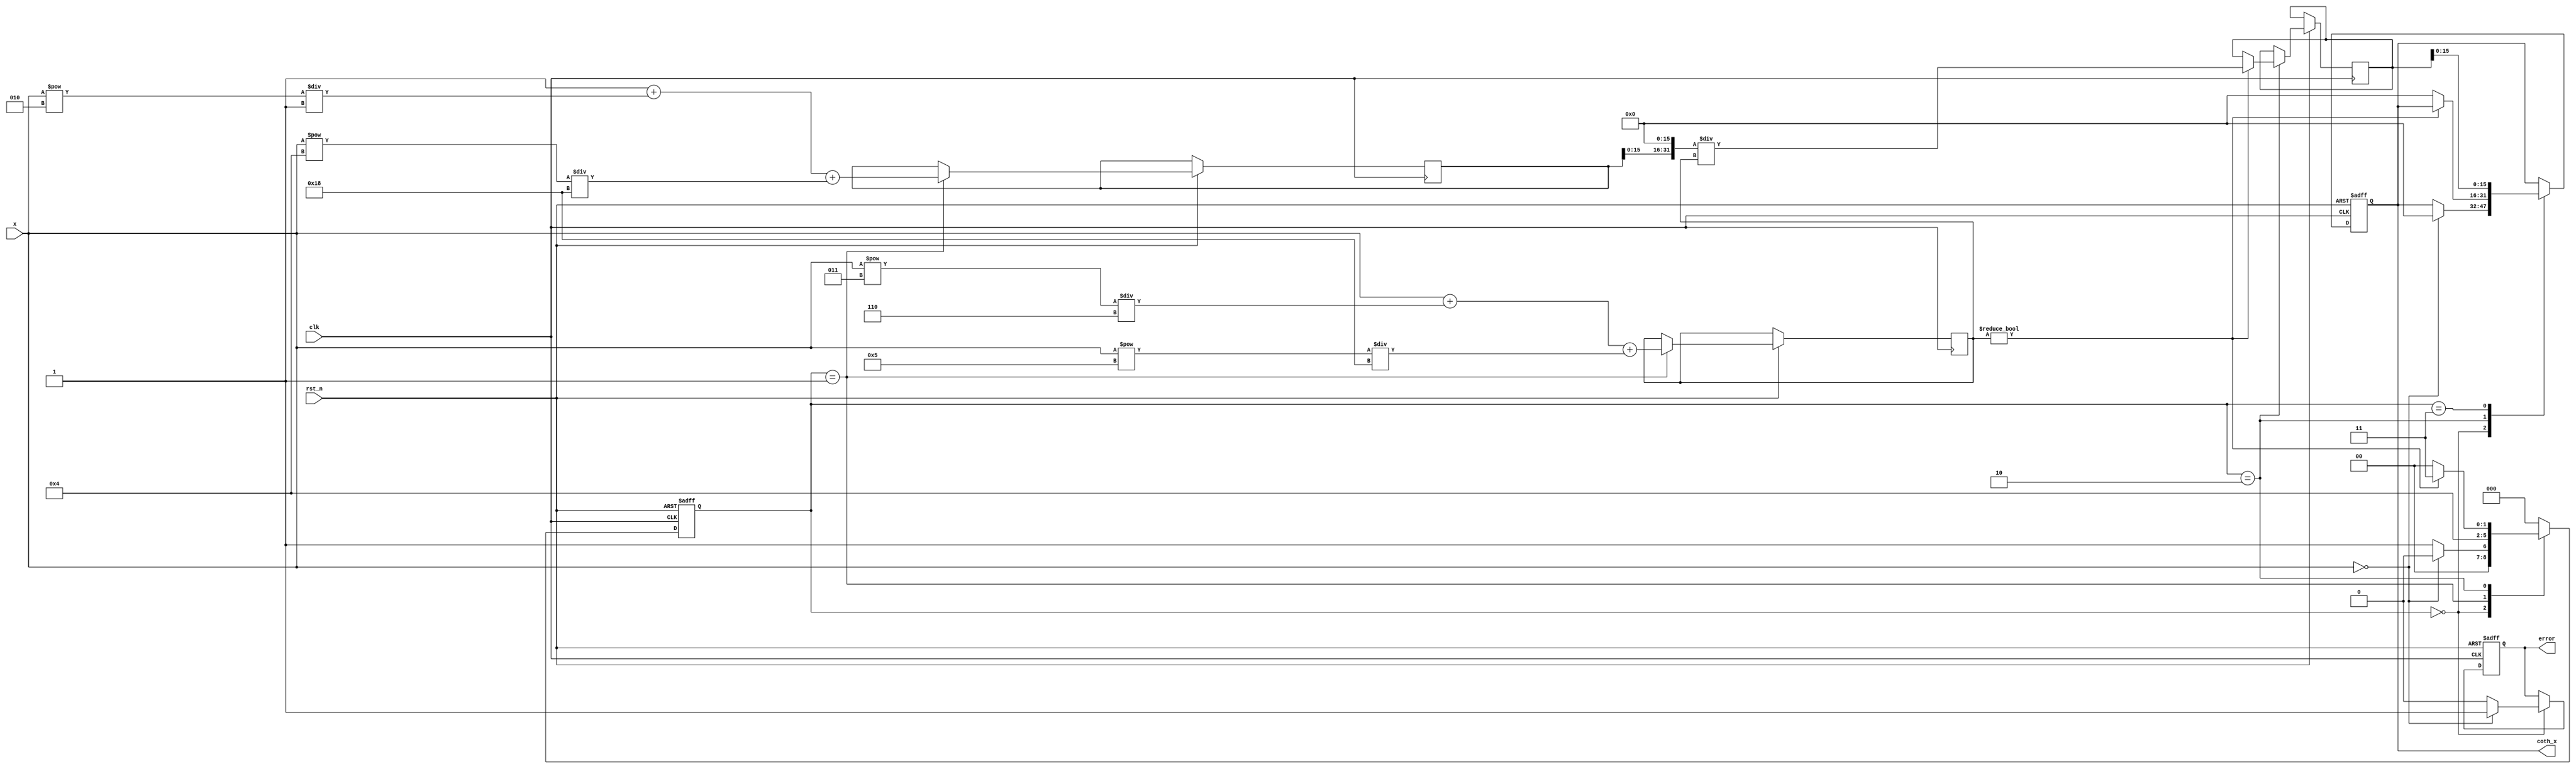
module coth_arithmetic_block (
    input wire clk,
    input wire rst_n,
    input wire signed [15:0] x, // Input: Fixed-point representation of x
    output reg signed [15:0] coth_x, // Output: Fixed-point representation of coth(x)
    output reg error // Output: Error signal for x = 0
);

    // Internal signals
    reg signed [31:0] sinh_x; // Fixed-point representation of sinh(x)
    reg signed [31:0] cosh_x; // Fixed-point representation of cosh(x)
    reg signed [31:0] temp_coth; // Temporary variable for coth calculation
    reg [2:0] state; // State variable for FSM
    parameter IDLE = 3'b000, CALC = 3'b001, DIVIDE = 3'b010, OUTPUT = 3'b011;

    // Taylor series coefficients for sinh and cosh
    parameter [31:0] FACTORIAL_1 = 1;
    parameter [31:0] FACTORIAL_2 = 1;
    parameter [31:0] FACTORIAL_3 = 6;
    parameter [31:0] FACTORIAL_4 = 24;

    // State machine for computation
    always @(posedge clk or negedge rst_n) begin
        if (!rst_n) begin
            state <= IDLE;
            coth_x <= 16'b0;
            error <= 1'b0;
        end else begin
            case (state)
                IDLE: begin
                    if (x == 16'b0) begin
                        error <= 1'b1; // Set error for x = 0
                        coth_x <= 16'b0; // Output can be set to a predefined value
                        state <= IDLE; // Stay in IDLE
                    end else begin
                        error <= 1'b0; // Clear error
                        state <= CALC; // Move to calculation state
                    end
                end

                CALC: begin
                    // Calculate sinh(x) and cosh(x) using Taylor series
                    sinh_x <= x + (x**3) / FACTORIAL_3 + (x**5) / FACTORIAL_4; // Approximation
                    cosh_x <= 1 + (x**2) / FACTORIAL_2 + (x**4) / FACTORIAL_4; // Approximation
                    state <= DIVIDE; // Move to division state
                end

                DIVIDE: begin
                    // Avoid division by zero
                    if (sinh_x != 0) begin
                        temp_coth <= (cosh_x << 16) / sinh_x; // Fixed-point division
                        state <= OUTPUT; // Move to output state
                    end else begin
                        coth_x <= 16'b0; // Handle division by zero case
                        state <= IDLE; // Return to IDLE
                    end
                end

                OUTPUT: begin
                    coth_x <= temp_coth[15:0]; // Assign result to output
                    state <= IDLE; // Return to IDLE
                end

                default: state <= IDLE; // Default case
            endcase
        end
    end
endmodule